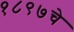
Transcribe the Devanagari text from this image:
१८९७चे